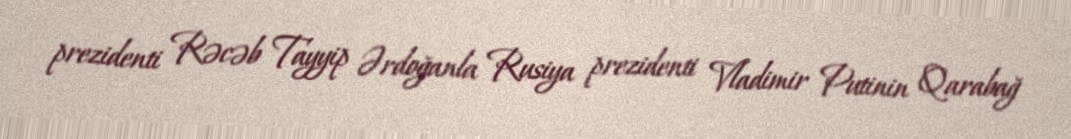
prezidenti Rəcəb Tayyip Ərdoğanla Rusiya prezidenti Vladimir Putinin Qarabağ